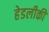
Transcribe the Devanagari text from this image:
हेडलीकी